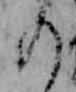
の